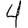
Digit: 4